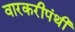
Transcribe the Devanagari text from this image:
वारकरीपंथी